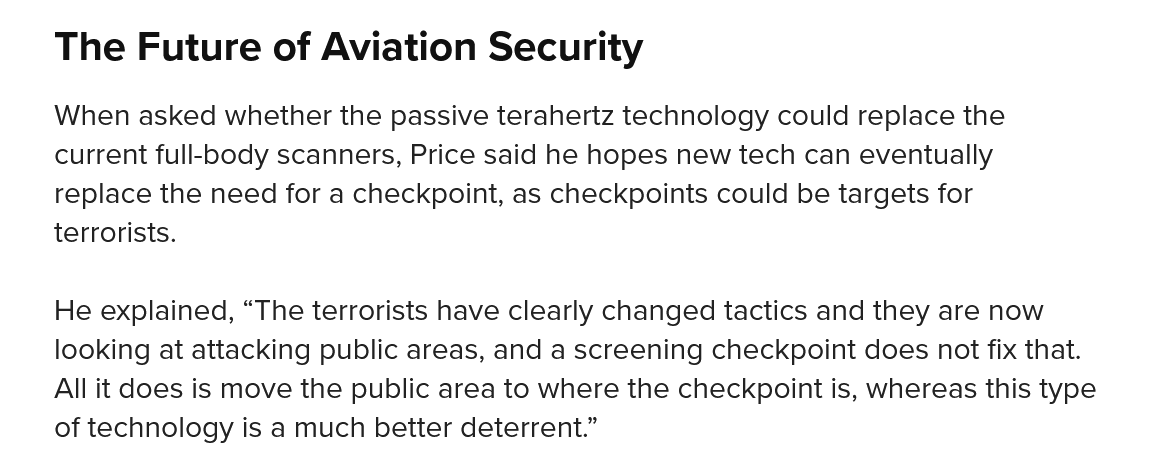
The   Future   of Aviation   Security
    When asked whether the passive terahertz technology could replace the
    current full-body scanners, Price said he hopes new tech can eventually
    replace the need for a checkpoint, as checkpoints could be targets for
    terrorists.
    He explained, “The terrorists have clearly changed tactics and they are now
    looking at attacking public areas, and a screening checkpoint does not fix that.
    All it does is move the public area to where the checkpoint is, whereas this type
    of technology is a much better deterrent.”